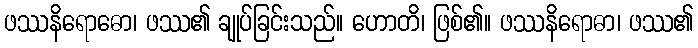
ဖဿနိရောဓော၊ ဖဿ၏ ချုပ်ခြင်းသည်။ ဟောတိ၊ ဖြစ်၏။ ဖဿနိရောဓာ၊ ဖဿ၏